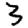
Digit: 3